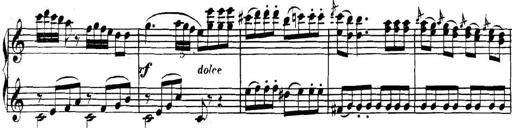
Title: Collected Piano Sonatas
Composer: Muzio Clementi